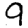
Digit: 9